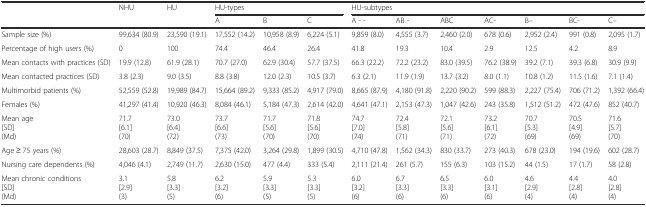
<table><thead><tr><td rowspan="2"></td><td rowspan="2"><b>NHU</b></td><td rowspan="2"><b>HU</b></td><td colspan="3"><b>HU-types</b></td><td colspan="7"><b>HU-subtypes</b></td></tr><tr><td><b>A</b></td><td><b>B</b></td><td><b>C</b></td><td><b>A - -</b></td><td><b>AB -</b></td><td><b>ABC</b></td><td><b>AC-</b></td><td><b>B--</b></td><td><b>BC-</b></td><td><b>C--</b></td></tr></thead><tbody><tr><td>Sample size (%)</td><td>99,634 (80.9)</td><td>23,590 (19.1)</td><td>17,552 (14.2)</td><td>10,958 (8.9)</td><td>6,224 (5.1)</td><td>9,859 (8.0)</td><td>4,555 (3.7)</td><td>2,460 (2.0)</td><td>678 (0.6)</td><td>2,952 (2.4)</td><td>991 (0.8)</td><td>2,095 (1.7)</td></tr><tr><td>Percentage of high users (%)</td><td>0</td><td>100</td><td>74.4</td><td>46.4</td><td>26.4</td><td>41.8</td><td>19.3</td><td>10.4</td><td>2.9</td><td>12.5</td><td>4.2</td><td>8.9</td></tr><tr><td>Mean contacts with practices (SD)</td><td>19.9 (12.8)</td><td>61.9 (28.1)</td><td>70.7 (27.0)</td><td>62.9 (30.4)</td><td>57.7 (37.5)</td><td>66.3 (22.2)</td><td>72.2 (23.2)</td><td>83.0 (39.5)</td><td>76.2 (38.9)</td><td>39.2 (7.1)</td><td>39.3 (6.8)</td><td>30.9 (9.9)</td></tr><tr><td>Mean contacted practices (SD)</td><td>3.8 (2.3)</td><td>9.0 (3.5)</td><td>8.8 (3.8)</td><td>12.0 (2.3)</td><td>10.5 (3.7)</td><td>6.3 (2.1)</td><td>11.9 (1.9)</td><td>13.7 (3.2)</td><td>8.0 (1.1)</td><td>10.8 (1.2)</td><td>11.5 (1.6)</td><td>7.1 (1.4)</td></tr><tr><td>Multimorbid patients (%)</td><td>52,559 (52.8)</td><td>19,989 (84.7)</td><td>15,664 (89.2)</td><td>9,333 (85.2)</td><td>4,917 (79.0)</td><td>8,665 (87.9)</td><td>4,180 (91.8)</td><td>2,220 (90.2)</td><td>599 (88.3)</td><td>2,227 (75.4)</td><td>706 (71.2)</td><td>1,392 (66.4)</td></tr><tr><td>Females (%)</td><td>41,297 (41.4)</td><td>10,920 (46.3)</td><td>8,084 (46.1)</td><td>5,184 (47.3)</td><td>2,614 (42.0)</td><td>4,641 (47.1)</td><td>2,153 (47.3)</td><td>1,047 (42.6)</td><td>243 (35.8)</td><td>1,512 (51.2)</td><td>472 (47.6)</td><td>852 (40.7)</td></tr><tr><td>Mean age[SD](Md)</td><td>71.7[6.1](70)</td><td>73.0[6.4](72)</td><td>73.7[6.6](73)</td><td>71.7[5.6](70)</td><td>71.8[5.6](70)</td><td>74.7[7.0](74)</td><td>72.4[5.8](71)</td><td>72.1[5.6](71)</td><td>73.2[6.1](72)</td><td>70.7[5.3](69)</td><td>70.5[4.9](69)</td><td>71.6[5.7](70)</td></tr><tr><td>Age ≥ 75 years (%)</td><td>28,603 (28.7)</td><td>8,849 (37.5)</td><td>7,375 (42.0)</td><td>3,264 (29.8)</td><td>1,899 (30.5)</td><td>4,710 (47.8)</td><td>1,562 (34.3)</td><td>830 (33.7)</td><td>273 (40.3)</td><td>678 (23.0)</td><td>194 (19.6)</td><td>602 (28.7)</td></tr><tr><td>Nursing care dependents (%)</td><td>4,046 (4.1)</td><td>2,749 (11.7)</td><td>2,630 (15.0)</td><td>477 (4.4)</td><td>333 (5.4)</td><td>2,111 (21.4)</td><td>261 (5.7)</td><td>155 (6.3)</td><td>103 (15.2)</td><td>44 (1.5)</td><td>17 (1.7)</td><td>58 (2.8)</td></tr><tr><td>Mean chronic conditions[SD](Md)</td><td>3.1[2.9](3)</td><td>5.8[3.3](5)</td><td>6.2[3.2](6)</td><td>5.9[3.3](5)</td><td>5.3[3.3](5)</td><td>6.0[3.2](6)</td><td>6.7[3.3](6)</td><td>6.5[3.3](6)</td><td>6.0[3.1](6)</td><td>4.6[2.9](4)</td><td>4.4[2.8](4)</td><td>4.0[2.8](4)</td></tr></tbody></table>